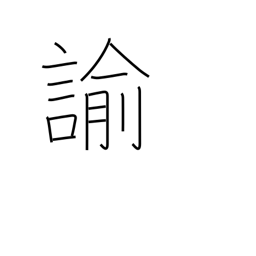
Meaning: rebuke